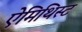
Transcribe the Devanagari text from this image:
ऐमिथिस्ट